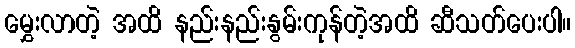
မွှေးလာတဲ့ အထိ နည်းနည်းနွမ်းကုန်တဲ့အထိ ဆီသတ်ပေးပါ။